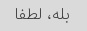
بله، لطفا